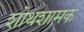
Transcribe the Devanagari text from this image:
शोथशामक